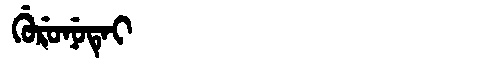
Manchu: ᡤᡠᡵᡠᠨᡠᡨᡝᡳ
Romanization: GURUNUTEI